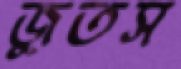
জুতস